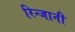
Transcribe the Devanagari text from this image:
रिन्जानी